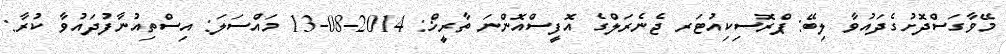
މޭވާގަސްދޮށުގެދައުވާ ލިބޭ: ޕްރޮސިކިއުޓަރ ޖެނެރަލްގެ އޮފީސްއޮންނަ ތާރީޚް: 2014-08-13 މައްސަލަ: އިސްތިއުނާފުދައުވާ ކުރާ: